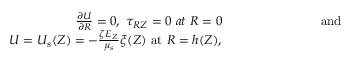
\begin{array} { r } { \frac { \partial U } { \partial R } = 0 , ~ \tau _ { R Z } = 0 ~ a t ~ R = 0 ~ ~ ~ ~ ~ ~ ~ ~ ~ ~ ~ ~ ~ ~ ~ ~ ~ ~ ~ ~ ~ ~ ~ \mathrm { a n d ~ ~ ~ } } \\ { U = U _ { s } ( Z ) = - \frac { \zeta E _ { Z } } { \mu _ { s } } \xi ( Z ) ~ \mathrm { a t } ~ R = h ( Z ) , ~ ~ ~ ~ ~ ~ ~ ~ ~ ~ ~ ~ ~ ~ ~ ~ ~ ~ ~ ~ ~ ~ ~ ~ ~ ~ ~ ~ ~ ~ ~ } \end{array}